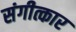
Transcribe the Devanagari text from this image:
संगीत्कार